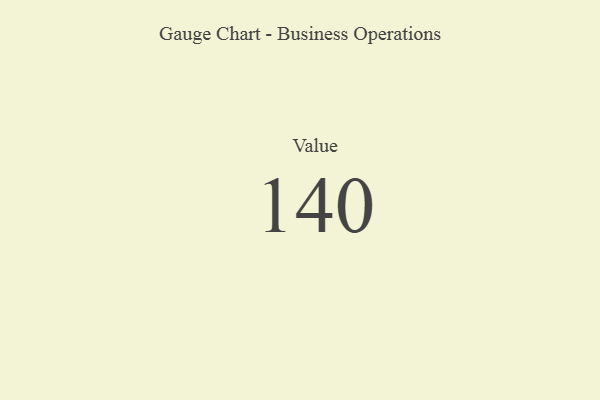
{"axis": {"x": "Metric", "y": "Value"}, "legend": [""], "data": [{"x": "Value", "y": 140, "type": ""}]}